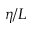
\eta / L